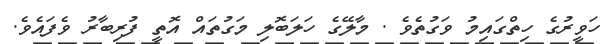
ހަވީރުގެ ހިތްގައިމު ވަގުތެވެ . މާލޭގެ ހަލަބޮލި މަގުތައް އޮތީ ފުރިބާރު ވެފައެވެ.